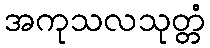
အကုသလသုတ္တံ